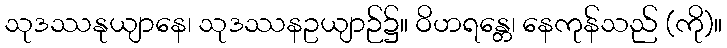
သုဒဿနုယျာနေ၊ သုဒဿနဥယျာဉ်၌။ ဝိဟရန္တေ၊ နေကုန်သည် (ကို)။